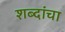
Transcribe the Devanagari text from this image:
शब्दांचा